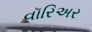
વૉરિઅર